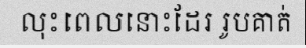
លុះពេលនោះដែរ រូបគាត់